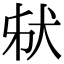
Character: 𤝮